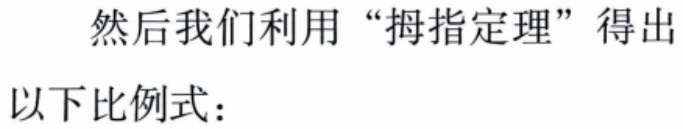
然后我们利用 “拇指定理” 得出
以下比例式：